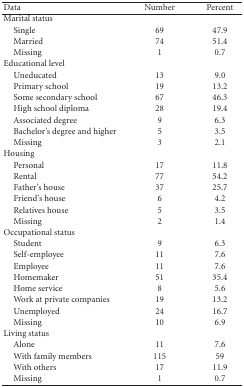
<table><thead><tr><td><b>Data</b></td><td><b>Number</b></td><td><b>Percent</b></td></tr></thead><tbody><tr><td>Marital status</td><td></td><td></td></tr><tr><td> Single</td><td>69</td><td>47.9</td></tr><tr><td> Married</td><td>74</td><td>51.4</td></tr><tr><td> Missing</td><td>1</td><td>0.7</td></tr><tr><td>Educational level</td><td></td><td></td></tr><tr><td> Uneducated</td><td>13</td><td>9.0</td></tr><tr><td> Primary school</td><td>19</td><td>13.2</td></tr><tr><td> Some secondary school</td><td>67</td><td>46.3</td></tr><tr><td> High school diploma</td><td>28</td><td>19.4</td></tr><tr><td> Associated degree</td><td>9</td><td>6.3</td></tr><tr><td> Bachelor&#x27;s degree and higher</td><td>5</td><td>3.5</td></tr><tr><td> Missing</td><td>3</td><td>2.1</td></tr><tr><td>Housing</td><td></td><td></td></tr><tr><td> Personal</td><td>17</td><td>11.8</td></tr><tr><td> Rental</td><td>77</td><td>54.2</td></tr><tr><td> Father&#x27;s house</td><td>37</td><td>25.7</td></tr><tr><td> Friend&#x27;s house</td><td>6</td><td>4.2</td></tr><tr><td> Relatives house</td><td>5</td><td>3.5</td></tr><tr><td> Missing</td><td>2</td><td>1.4</td></tr><tr><td>Occupational status</td><td></td><td></td></tr><tr><td> Student</td><td>9</td><td>6.3</td></tr><tr><td> Self-employee</td><td>11</td><td>7.6</td></tr><tr><td> Employee</td><td>11</td><td>7.6</td></tr><tr><td> Homemaker</td><td>51</td><td>35.4</td></tr><tr><td> Home service</td><td>8</td><td>5.6</td></tr><tr><td> Work at private companies</td><td>19</td><td>13.2</td></tr><tr><td> Unemployed</td><td>24</td><td>16.7</td></tr><tr><td> Missing</td><td>10</td><td>6.9</td></tr><tr><td>Living status</td><td></td><td></td></tr><tr><td> Alone</td><td>11</td><td>7.6</td></tr><tr><td> With family members</td><td>115</td><td>59</td></tr><tr><td> With others</td><td>17</td><td>11.9</td></tr><tr><td> Missing</td><td>1</td><td>0.7</td></tr></tbody></table>